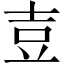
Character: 壴